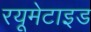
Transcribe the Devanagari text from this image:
रयूमेटाइड